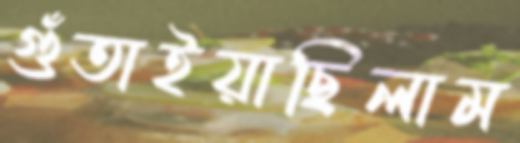
গুঁতাইয়াছিলাম